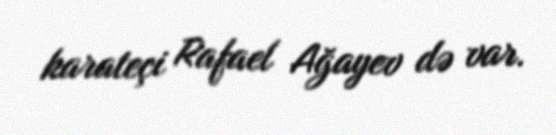
karateçi Rafael Ağayev də var.